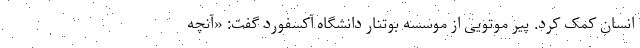
انسان کمک کرد. پیر موتویی از موسسه بوتنار دانشگاه آکسفورد گفت: «آنچه